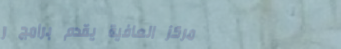
مركز العافية يقدم برامج ر